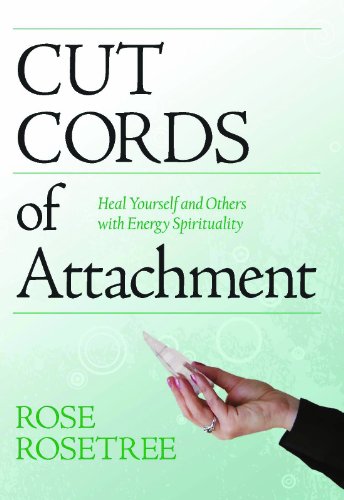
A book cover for Cut Cords of Attachment: Heal Yourself and Others with Energy Spirituality  (Energy HEALING Skills for the Age of Awakening ); Rose Rosetree; Religion & Spirituality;